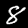
Label: 8